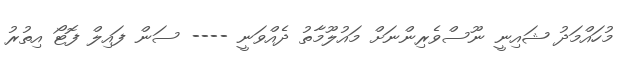
މުހައްމަދު ޝައިނީ ނޫސްވެރިންނަށް މައުލޫމާތު ދެއްވަނީ ---- ސަން ފައިލް ފޮޓޯ އިތުރު